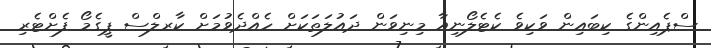
ސްޕެއިންގެ ކިބައިން ވަކިވެ ކެޓެލޯނިއާ މިނިވަން ދައުލަތަކަށް ހެއްދެވުމަށް ކާރލްސް ޕީގެމޯ ފެށްޓެރި